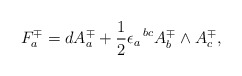
\begin{align*}F^{\mp}_{a} = dA^{\mp}_{a} + {1\over 2}\epsilon_{a}\,^{bc}A^{\mp}_{b}\wedge A^{\mp}_{c},\end{align*}